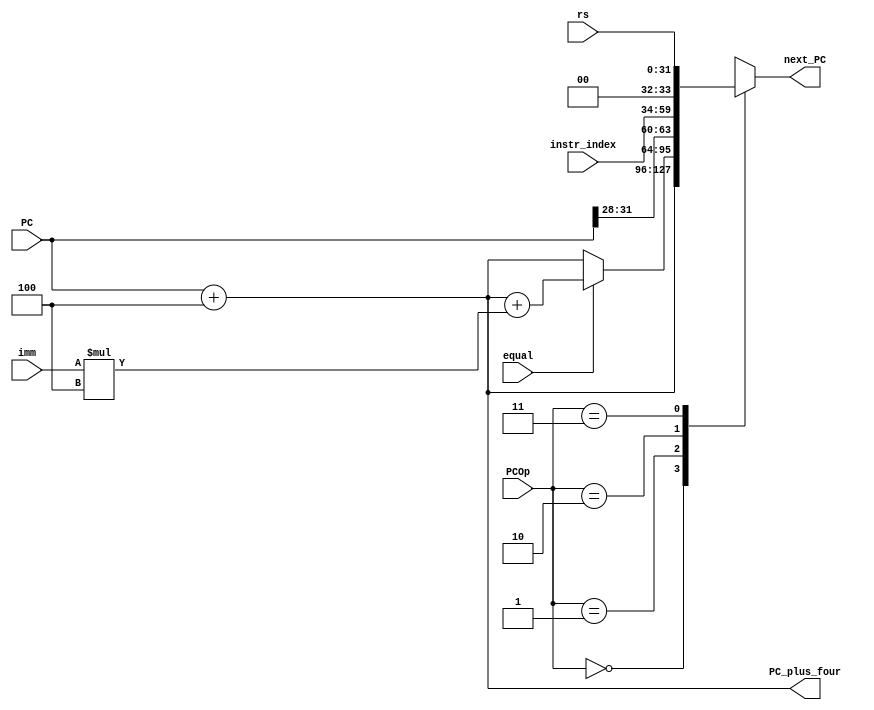
`timescale 1ns / 1ps
//////////////////////////////////////////////////////////////////////////////////
module PC_calculator(
    input [31:0] PC,
    input [1:0] PCOp,
	 input equal,//beq,
    input [25:0] instr_index,//jal,26
	 input [31:0] rs,//jr,
	 input [31:0] imm,//beq,32*4
	 output [31:0] PC_plus_four,
    output [31:0] next_PC
    );
	 reg [31:0] next_pc;
	 
	 assign next_PC=next_pc;
	 assign PC_plus_four=PC+4;
	 
	 always @(*)
	 begin
	    case(PCOp)
		    2'b00://R
			    next_pc<=PC+4;
		    2'b01://beq
			    if(equal==1) next_pc<=PC+4+imm*4;
				 else next_pc<=PC+4;
			 2'b10://jal
			    next_pc<={PC[31:28],instr_index,2'b00};
			 2'b11://jr
			    next_pc<=rs;
	    endcase
	 end
	 
endmodule